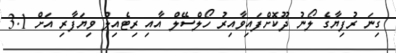
ގިނަ ރުފިޔާގެ ލޯނު ދޫކޮށްފައިވާއިރު ހޯލްސޭލް އާއި ރިޓެއިލް ވިޔަފާރި އަށް 3.1